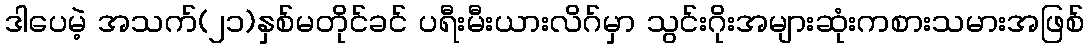
ဒါပေမဲ့ အသက်(၂၁)နှစ်မတိုင်ခင် ပရီးမီးယားလိဂ်မှာ သွင်းဂိုးအများဆုံးကစားသမားအဖြစ်